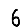
Digit: 6